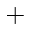
^ +